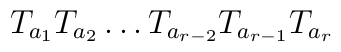
T_{a_1}T_{a_2} \ldots T_{a_{r-2}}T_{a_{r-1}}T_{a_r}